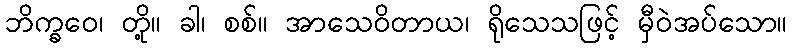
ဘိက္ခဝေ၊ တို့။ ခါ၊ စစ်။ အာသေဝိတာယ၊ ရိုသေသဖြင့် မှီဝဲအပ်သော။